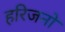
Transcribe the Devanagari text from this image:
हरिजनो